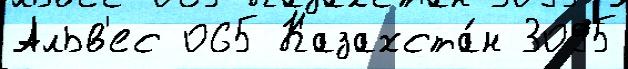
Альв'ес 065 Казахста́н 3095